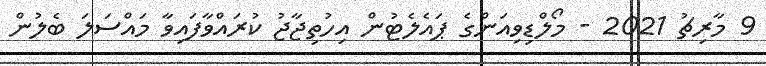
9 މާރިޗު 2021 - މޯލްޑިވިއަންގެ ޕައެލެޓުން އިހުތިޖާޖު ކުރައްވާފައިވާ މައްސަލަ ބެލުން